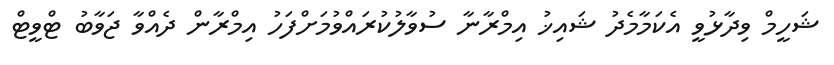
ޝަހީމް ވިދާޅުވީ އެކަމާމެދު ޝައިޚު އިމްރާނާ ސުވާލުކުރައްވުމަށްފަހު އިމްރާން ދެއްވާ ޖަވާބު ޓްވީޓް